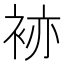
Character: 𧙡